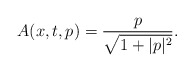
\begin{align*}A(x,t,p)=\frac{p}{\sqrt{1+|p|^2}}.\end{align*}